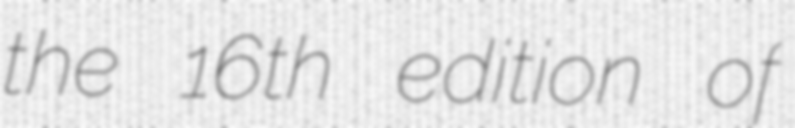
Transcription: the 16th edition of